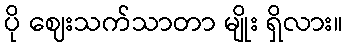
ပို ဈေးသက်သာတာ မျိုး ရှိလား။